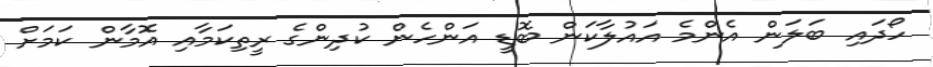
ހޯދައި ބަލަން އެންމެ އައުލާކަން ބޮޑީ އަންހެން ކުދިންގެ ރީތިކަމާއި އޮމާން ކަމަށް